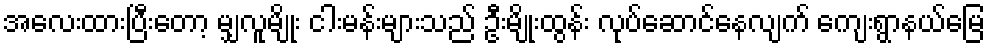
အလေးထားပြီးတော့ မျှလူမျိုး ငါးမန်းများသည် ဦးမျိုးထွန်း လုပ်ဆောင်နေလျက် ကျေးရွာနယ်မြေ